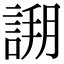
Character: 𧩝